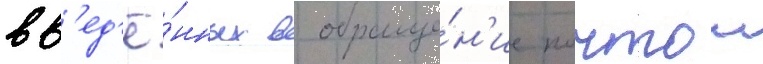
вв'ед'ё́нных в обраще́н'ие почтои